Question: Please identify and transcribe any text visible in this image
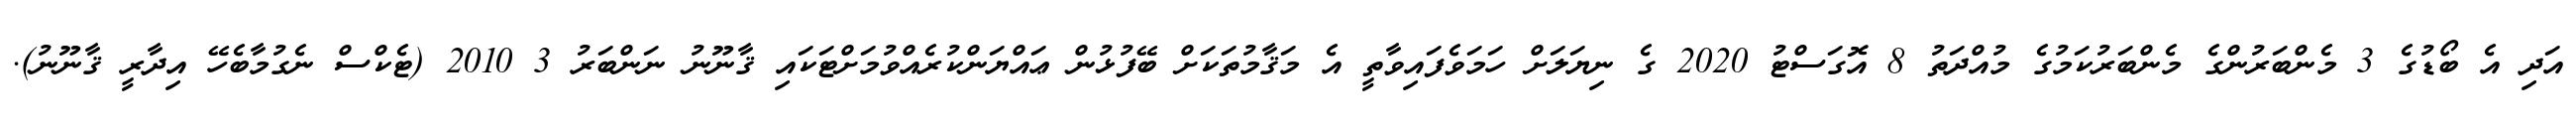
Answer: އަދި އެ ބޯޑުގެ 3 މެންބަރުންގެ މެންބަރުކަމުގެ މުއްދަތު 8 އޮގަސްޓު 2020 ގެ ނިޔަލަށް ހަމަވެފައިވާތީ އެ މަޤާމުތަކަށް ބޭފުޅުން ޢައްޔަންކުރެއްވުމަށްޓަކައި ޤާނޫނު ނަންބަރު 3 2010 (ޓެކްސް ނެގުމާބެހޭ އިދާރީ ޤާނޫނު).